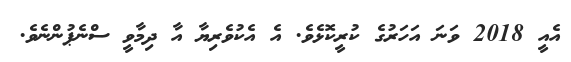
އެއީ 2018 ވަނަ އަހަރުގެ ކުރީކޮޅެވެ. އެ އެކުވެރިޔާ އާ ދިމާވީ ސްނެޕުންނެވެ.